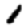
Digit: 1